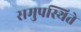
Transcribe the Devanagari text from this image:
समुपस्थिते